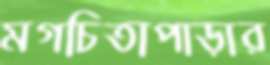
মগচিতাপাড়ার